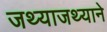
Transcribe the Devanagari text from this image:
जथ्याजथ्याने